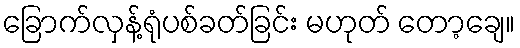
ခြောက်လှန့်ရုံပစ်ခတ်ခြင်း မဟုတ် တော့ချေ။